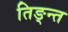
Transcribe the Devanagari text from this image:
तिङ्न्त